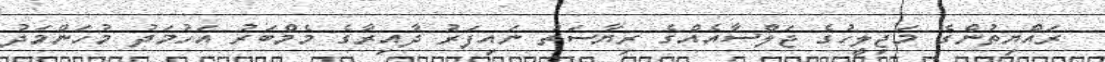
ރައްޔިތުންގެ މަޖިލީހުގެ ޖަލްސާއެއްގެ ރިޔާސަތު ނައިފަރު ދާއިރާގެ މެމްބަރު އަހުމަދު މުހަންމަދު